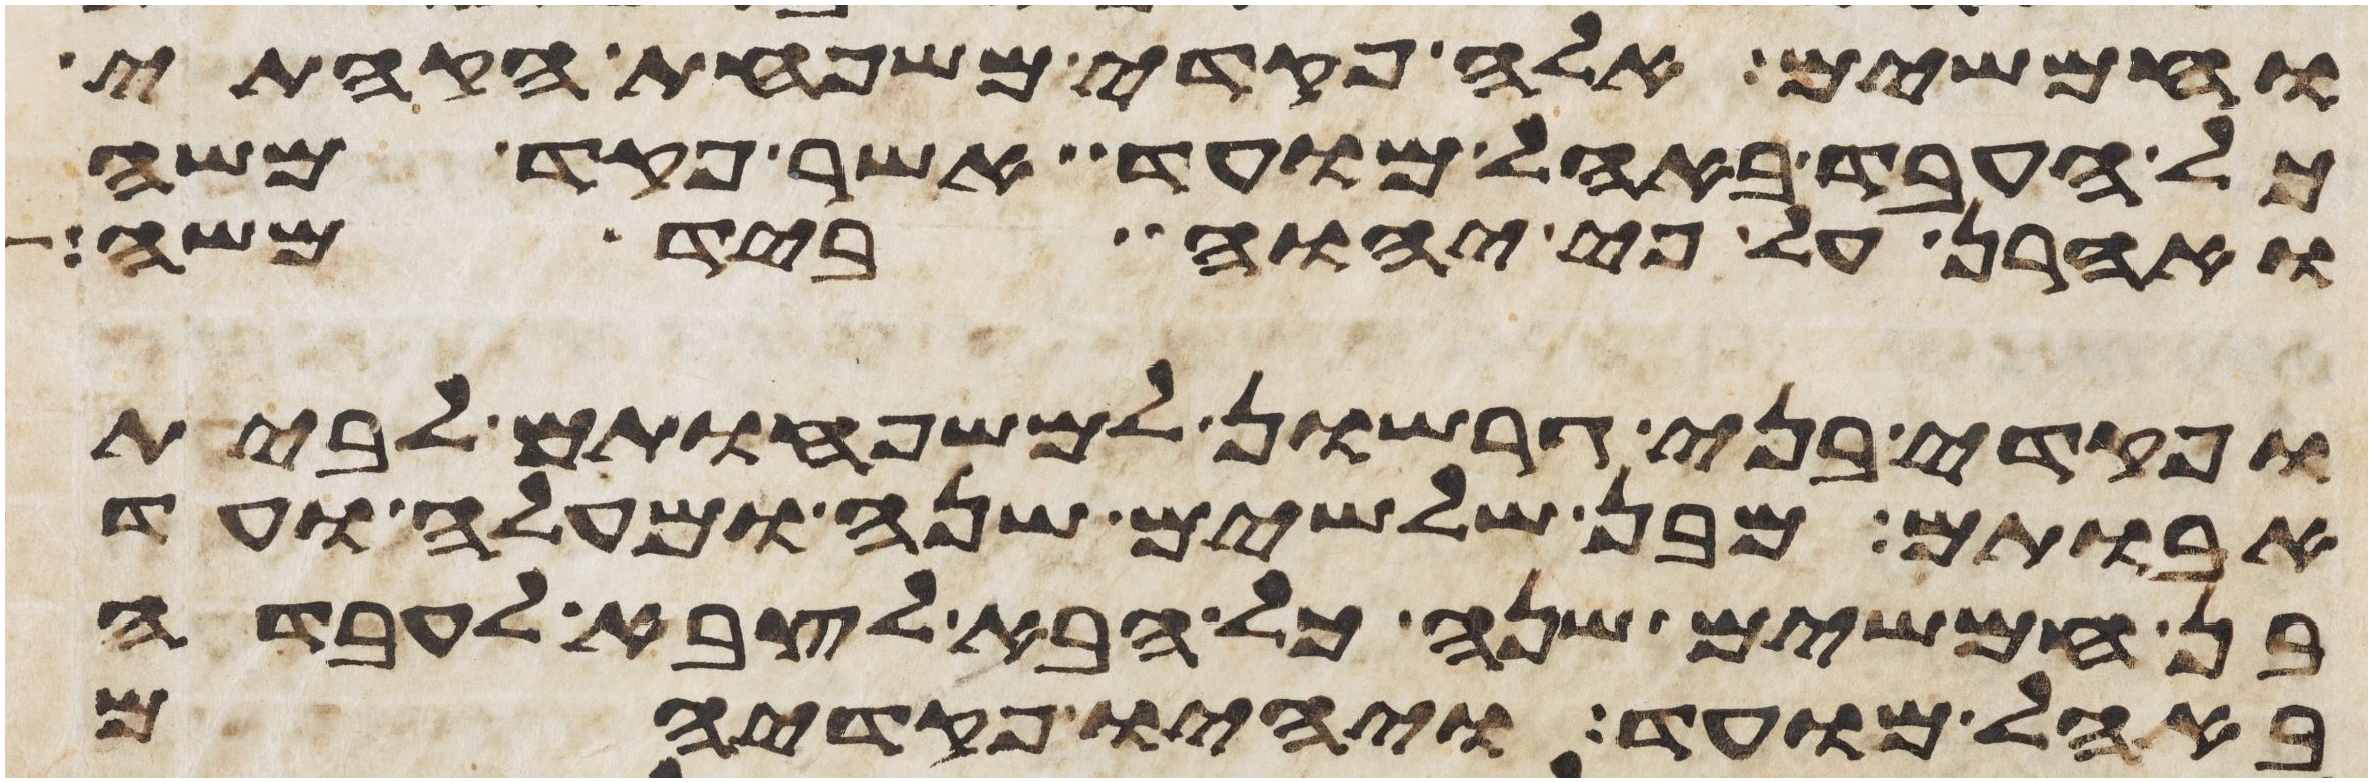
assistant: וחמשים אלה פקדי משפחת הקהתי
כל העבד באהל מועד אשר פקד משה
ואהרן על פי יהוה ביד משה
ופקדי בני גרשון למשפחותם לבית
אבותם מבן שלשים שנה ומעלה ועד
בן חמשים שנה כל הבא לצבא לעבדה
באהל מועד ויהיו פקדיהם